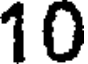
10